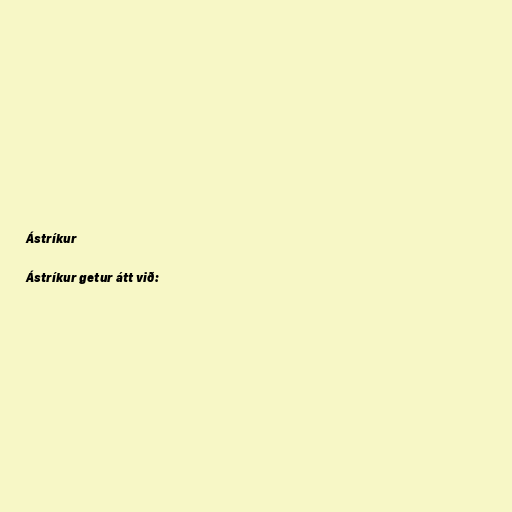
Ástríkur

Ástríkur getur átt við: